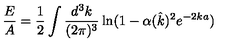
\frac { E } { A } = \frac { 1 } { 2 } \int \frac { d ^ { 3 } k } { ( 2 \pi ) ^ { 3 } } \ln ( 1 - \alpha ( \hat { k } ) ^ { 2 } e ^ { - 2 k a } )